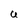
Character: U